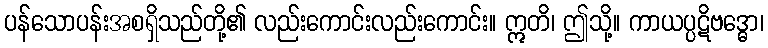
ပန်သောပန်းအစရှိသည်တို့၏ လည်းကောင်းလည်းကောင်း။ ဣတိ၊ ဤသို့။ ကာယပ္ပဋိဗဒ္ဓော၊